Vital statistics of India. Vol. IV, Annual returns from 1871 to 1876. British Army of India, Native Army and jails of Bengal
Year: 1871
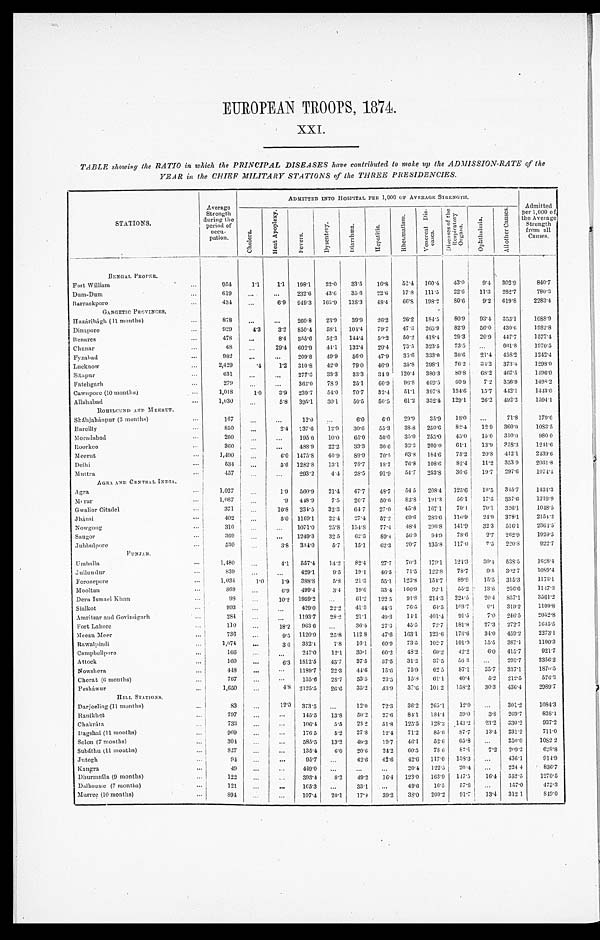
EUROPEAN TROOPS, 1874.
XXI.
TABLE showing the RATIO in which the PRINCIPAL DISEASES have contributed to make up the ADMISSION-RATE of the
YEAR in the CHIEF MILITARY STATIONS of the THREE PRESIDENCIES.
STATIONS.
Average
Strength
during the
period of
o c c u -p
a t i o n .
ADMITTED INTO HOSPITAL PER 1,000 OF AVERAGE STRENGTH.
Admitted
per 1,000 of
the Average
Strength
from all
Causes.
C h o l e r a .
H e a t A p o p l e x y .
F e v e r s .
D y s e n t e r y .
D i a r r h œ a .
H e p a t i t i s .
R h e u m a t i s m .
V e n e r e a l D i s - e a s e s .
D i s e a s e s o f t h e R e s p i r a t o r y O r g a n s .
O p h t h a l m i a .
A l l o t h e r C a u s e s .
BENGAL PROPER.
Fort William . . .
954
1.1
1.1
198.1
22.0
33.5
16.8
52.4 160.4
43.0
9.4 302.9
840.7
Dum-Dum . . .
619
. . .
. . . 232.6
43.6
35 6
22.6
17.8
111.5
22.6
11.3
282.7
780. 3
Barrackpore . . .
434
. . .
6.9
949.3
165.9
138.3
48.4
66.8 198.2
8 0 . 6
9.2
619.8
2283. 4
GANGETIC PROVINCES.
Hazáribágh (11 mouths) . . .
8 7 8
. . .
. . .
260.8
23.9
39.9
26.2
26.2 184.5
80.9
93.4 353.1
1088. 9
Dinapore . . .
929
4.3
3.2
850.4
58.1
104.4
79.7
47.3
265.9
82.9
56.0 430.6
1982.8
Benares . . .
478
. . .
8.4
355.6
52.3 144.4
50.2
50.2
418.4
29.3
20.9
447.7
1577. 4
Chunar . . .
6 8
. . .
29.4
602.9
44.1
132.4
2 9 . 4
73.5
323.5
73.5
. . .
661.8
1970.5
F y z a b a d . . .
982
. . .
. . .
209.8
49.9
56.0
47.9
35.6
333.0
30.6
21.4
458.2
1242.4
Lucknow . . .
2,429
.4
1.2
310.8
42.0
79.0
46.9
35.8 298.1
76.2
34.2
373.4
1298.0
Sitapur . . .
631
. . .
. . .
277.3
33.3
33.3
34 9 120.4 380.3
80.8
68.2
467.5
1496.0
Fatehgarh . . .
279
. . .
. . .
362.0
78 9
25.1
60.9
96.8 469.5
60.9
7.2
336.9
1498.2
Cawnpore (10 months) . . .
1,018
1.0
3.9
239.7
54.0
70.7
32.4
51.1
397.8
134.6
15.7
442.1
1443.0
Allahabad . . .
1,030
. . .
5.8
395.1
30.1
50.5
50.5
61.2 352.4
129.1
26.2
492.2
1594.1
ROHILCUND A ND MEERUT.
Sháhjahánpur (3 months)
167
. . . . . .
12.0
. . .
6.0
6.0
29.9
35.9
1 8 . 0
. . .
71.8
179. 6
Bareilly . . .
850
. . .
2.4 237.6
12.9
30.6
55.3
38.8 250.6
82.4
12 9
360.0
1083.5
Moradabad . . .
200
. . .
. . . 195.0
10.0
65.0
50.0
35.0
255.0
45.0
15.0
310.0
980 0
Roorkee . . .
360 . . .
. . . 488.9
22.2
33.3
30.6
33.3
200.0
61.1
13.9
358.3
1241.6
Meerut . . .
1,490
. . .
6.0 1475.8
40.9
89.9
70.5
63.8
184.6
75.2
20.8 412.1
2439.6
Delhi . . .
534
. . .
5.6 1282.8
13.1
78.7
18.7
76.8
108.6
82.4
11.2
353 9
2031.8
Muttra . . .
457
. . .
. . . 293.2
4.4
28.5
91.9
54.7
253.8
30.6
19.7
297.6
1074. 4
AGRA AND CENTRAL INDIA.
Agra . . .
1,027
. . .
1.9 560.9
21.4
47.7
48.7
54 5
208.4
125.6
19.5 345.7
1434.3
Morar . . .
1,087
. . .
.9
448.9
7.5
26.7
50.6
8 2 . 8 191.3
56.1
17.5 337.6
1219. 9
Gwalior Citadel . . .
371
. . .
10.8 234.5
32.3
64.7
27.0
45.8
167.1
70.1
70.1
326.1
1048.5
Jhánsi . . .
402
. . .
5.0 1169.1
22.4
27.4
57.2
69.6 283.6 116.9
24.9 378.1
2154.2
Nowgong . . .
310
. . .
. . . 1071.0
25.8 154.8
77.4
48.4 296.8
141.9
32.3
516.1
2364.5
Saugor . . .
369
. . .
. . . 1249.3
32.5
62.3
89.4 56.9
94.9
78.6
2.7
262.9
1929.5
Jubbulpore . . .
530
. . .
3.8 334.0
5 . 7 15.1
62.3
20.7
135.8
117.0
7.5
220.8
922.7
P U N J A B .
Umballa . . .
1 , 4 8 0
. . .
4.1 557.4
14.2
82.4
27.7
70.3
179.1
12 4.3
30.4
538.5
1628.4
J u l l u n d u r . . .
839
. . .
. . . 429.1
9.5
19.1
46.5
71.5
122.8
78.7
9.5
302.7
1089.4
Ferozepore . . .
1,034
1 . 0
1.9
388.8
5.8
21.3
55.1
123.8
154.7
89.9
15.5
315.3
1173.1
Mooltan . . . 869
. . .
6.9
499.4
3.4
19.6
33.4
166.9
92.1
55.2
13.8 256.6
1147.3
Dera Ismael Khan . . .
98
. . .
10.2 1959.2
. . .
61.2
122.5
91.8 214.3
224.5
20.4 857.1
3561.2
Sialkot . . .
993
. . .
. . . 429.0
22.2
41.3
44.3
76.5
64.5
103.7
9.1
319.2
1109.8
Amritsar and Govindgarh . . .
284
. . .
. . . 1193.7
28.2
21.1
49.3
14.1
401.4
91.5
7.0
246.5
2052.8
Fort Lahore . . .
110
. . .
18.2
963.6
. . . 36.4
2 7 . 3
45.5
72.7
181.8
27.3
272.7
1645.5
Meean Meer . . .
736
. . .
9 . 5 1120.9
25.8
112 8
47.6
163.1
123.6
176.6
34.0
459.2
2273.1
Rawalpindi . . .
1,674
. . .
3 6
332.1
7.8
16.1
60.9
73.5
102.7
101.0
15.5
387.1
1100.3
Campbellpore . . .
166
. . .
. . . 247.0
12.1
30.1
60.2
48.2
60.2
42.2
6 . 0 415.7
921.7
Attack . . .
1 6 0
. . .
6.3 1812.5
43.7
37.5
37.5
31.2
37.5
56 3
. . . 293.7
2356.2
Nowshera . . .
448
. . .
. . . 1189.7
22.3
44.6
15.6
75.9
62.5
87.1
35.7
337.1
1870.5
Cherat (6 months) . . .
767
. . .
. . .
135.6
28.7
53.5
23.5
15.8
61.1
40.4
5.2
2 1 2 . 5
576.3
Pesháwur . . .
1,650
. . .
4.8 2125.5
26.6
35.2
33.9
37.6
101 2
158.2
30.3
436.4
2989.7
HILL STATIONS.
Darjeeling (11 months) . . .
8 3
. . .
12.0 373.5
. . .
12.0
72.3
36.2
265.1
12.0
. . . 301.2
1084. 3
Ranikhet . . .
797
. . .
. . . 145.5
13.8
50.2
27.6
84.1
184.4
59.0
3.8
269.7
838. 1
Chakráta . . .
733
. . .
. . . 106.4
5.5
23 2
51.8
125.5
128.2 143.2
23.2
330.2
937.2
Dagshai (11 months) . . .
969
. . .
. . . 176.5
5.2
27.8
12.4
71.2
85.6
87.7
13.4 231.2
711.0
Solon (7 months) . . .
304
. . .
. . . 585.5
13.2
49.3
19.7
46.1
52.6
65.8
. . . 250.0
1082 2
Subáthu (11 months) . . .
827
. . .
. . . 135.4
6.0
20.6
24.2
60.5
78 6
87.1
7.2
209.2
628. 8
Jutogh . . .
94
. . .
. . .
95.7
. . .
42.6
42. 6
42.6
117.0
138.3
. . . 436.1
914.9
Kangra . . .
49
. . .
. . . 449.0
. . .
. . .
. . .
20.4
122.5
20.4
. . . 224 4
836.7
Dhurmsála (9 months) . . .
122
. . .
. . . 393.4
8.2
49.2
16.4
123.0
163.9
147.5
16.4
352.5
1270.5
Dalhousie (7 months) . . .
121
. . .
. . . 165.3
. . .
33.1
. . .
49.6
16.5
57.8
. . . 157.0
473.3
Murree (10 months) . . .
8 9 4
. . . . . .
1 0 7 . 4
20.1
17.9
39.2
38.0
2090.2
91.7
13.4
312 1
8 4 9 . 0